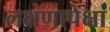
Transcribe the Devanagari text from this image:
लक्षणापेक्षा